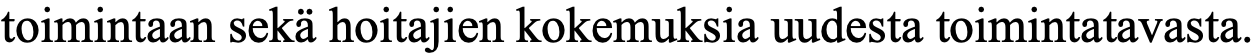
toimintaan sekä hoitajien kokemuksia uudesta toimintatavasta.